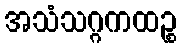
အသံသဂ္ဂကထဉ္စ